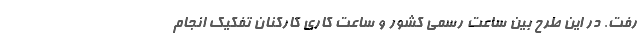
رفت. در این طرح بین ساعت رسمی کشور و ساعت کاری کارکنان تفکیک انجام